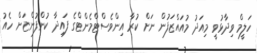
ހަލީމް ވިދާޅުވީ މިއަދު މުއައްޒަފުން ނަށް ކުރާ އިންވެސްޓްމެންޓްގެ ފައިދާ ކުންފުންޏަށް ހެއު